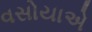
વસોયાએ